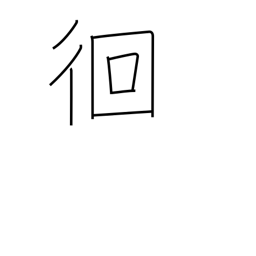
Meaning: wandering